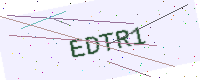
Text: EDTR1